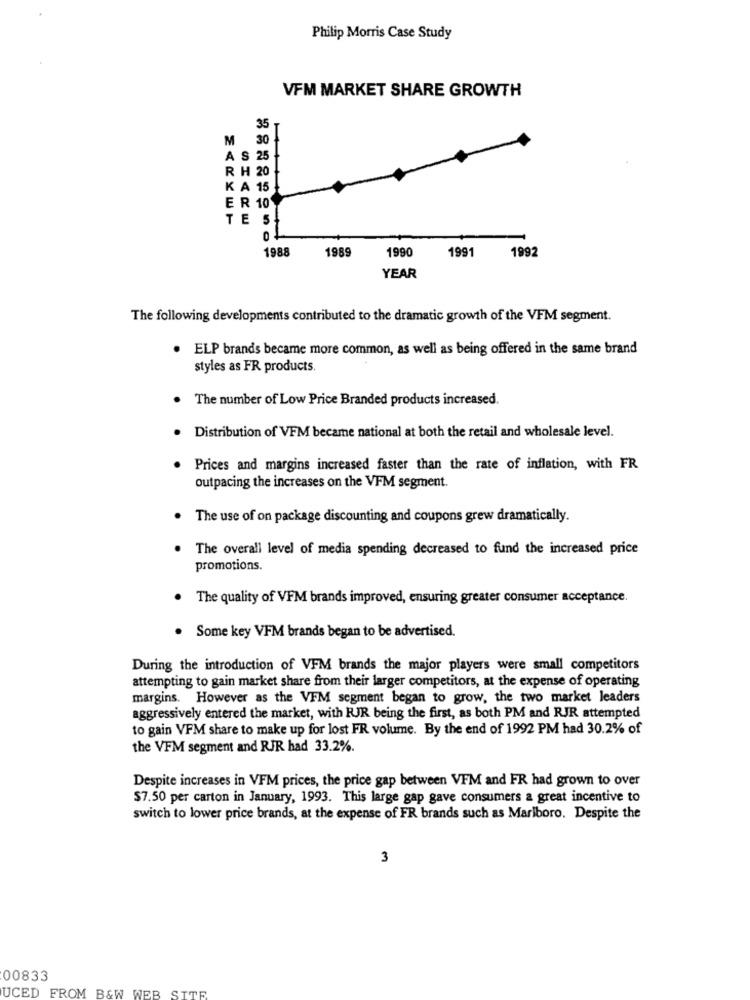
Philip Morris Case Study
VFM MARKET SHARE GROWTH
35
A 30
S 25
R H 20
K A 15
E R 10
TE
5
1988
1989
1991
1992
1990
YEAR
The following developments contributed to the dramatic growth of the VFM segment.
. ELP brands became more common, as well as being offered in the same brand
styles as FR products.
The number of Low Price Branded products increased.
Distribution of VFM became national at both the retail and wholesale level.
Prices and margins increased faster than the rate of inflation, with FR
outpacing the increases on the VFM segment.
The use of on package discounting and coupons grew dramatically.
The overall level of media spending decreased to fund the increased price
promotions.
The quality of VFM brands improved, ensuring greater consumer acceptance.
. Some key VFM brands began to be advertised.
During the introduction of VFM brands the major players were small competitors
attempting to gain market share from their larger competitors, at the expense of operating
margins. However as the VFM segment began to grow, the two market leaders
aggressively entered the market, with RJR being the first, as both PM and RJR attempted
to gain VFM share to make up for lost FR volume. By the end of 1992 PM had 30.2% of
the VFM segment and RJR had 33.2%.
Despite increases in VFM prices, the price gap between VFM and FR had grown to over
$7.50 per carton in January, 1993. This large gap gave consumers a great incentive to
switch to lower price brands, at the expense of FR brands such as Marlboro. Despite the
3
00833
UCED FROM B&W WEB SITE